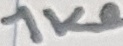
Text: 1KΩ